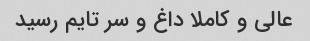
عالی و کاملا داغ و سر تایم رسید